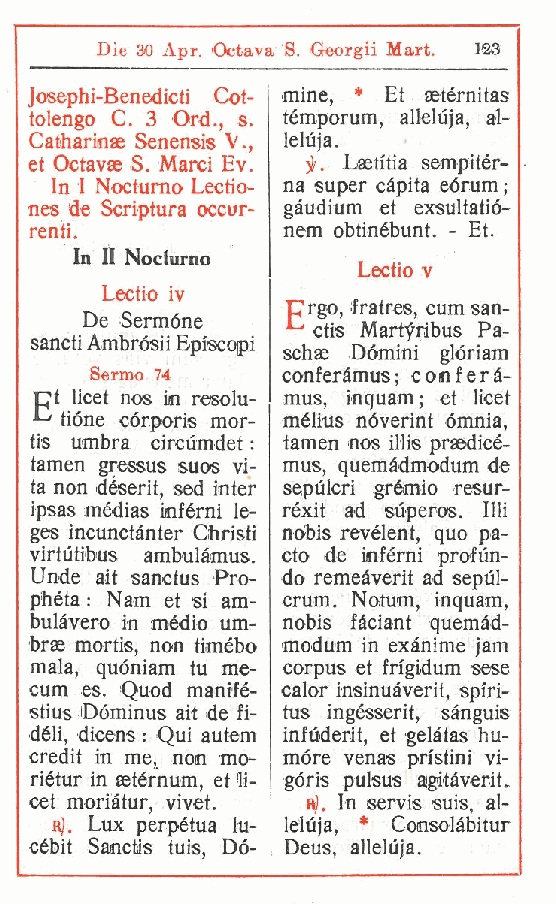
Die 30 Apr. Octava S. Georgii Mart. 123
 Josephi-Benedicti Cot- mine, . Et setèrnitas
 tolengo C. 3 Ord. s. tèmporum, alleluja, al-
 ,
 Catharinae Senensis V., leluja.
 et Octavae S. Marci Ev. )K Lastitia sempitèr-
 In 1 Noctumo Lectio- na super capita eórum ;
 nes de Scriptura occor- gàudium et exsultatió-
 renti.           nem obtinèbunt. - Et.
 In II Noctumo
 Lectio v
 Lectio iv
 Crgo, fratres, cum san-
 De Sermóne   * ctis Martyribus Pa-
 sancti Ambrósii Episcopi
 schae Dòmini glóriam
 Sermo 74     conferàmus; conferà-
 p* t licet nos in resolu- mus, inquam; et licet
 -< tióne córporis mor- mèlius nòverint òmnia,
 tis umbra circumdet : tamen nos illis prsedicè-
 tamen gressus suos vi- mus, quemàdmodum de
 ta non déserit sed inter sepùlcri grémio resur-
 ,
 ipsas médias infèrni le- réxit ad sùperos. UH
 ges incunctànter Christi nòbis revèlent, quo pa-
 virtutibus amibulàmus. cto de infèrni profon-
 Unde ait sanctus Pro- do remeàverit ad sepul-
 phéta : Nam et si am- crum. Notum, inquam,
 bulàvero in mèdio um- nobis fàciant quemàd-
 brae mortis non timébo modum in exànime jam
 ,
 mala quóniam tu me- corpus et frigidum sese
 ,
 cum es. Quod manifé- calor insinuàverit, spiri-
 stius iDóminus ait de fi- tus ingèsserit, sànguis
 déli, dicens : Qui autem infudeit, et gelàtas hu-
 credit in me non mo- mòre venas prìstini vi-
 ,
 riétur in setérnum et li- góris pulsus aigitàverit.
 ,
 cet moriàtur vivet. h). In servis suis, al-
 ,
 rJ. Lux perpètua lu- leluja, * Consolàbitur
 cébit Sanctis tuis Dò- Deus, alleluja.
 ,
 r